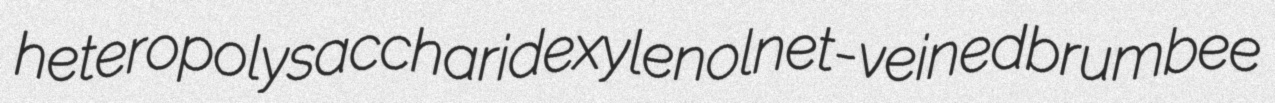
heteropolysaccharide xylenol net-veined brumbee